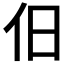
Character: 𬽪